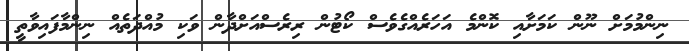
ނިންމުމަށް ނޫން ކަމަށާއި ކޮންމެ އަހަރެއްގެވެސް ކޯޓުން ރިރެސްއަށްދާން ވަކި މުއްދަތެއް ނިންމާފައިވާތީ